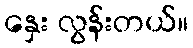
နှေး လွန်းတယ်။